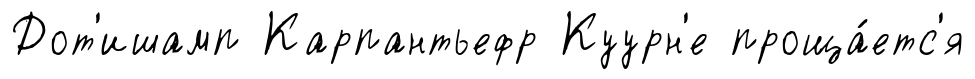
Дот'ишамп Карпантьефр Куурн'е проща́етс'я